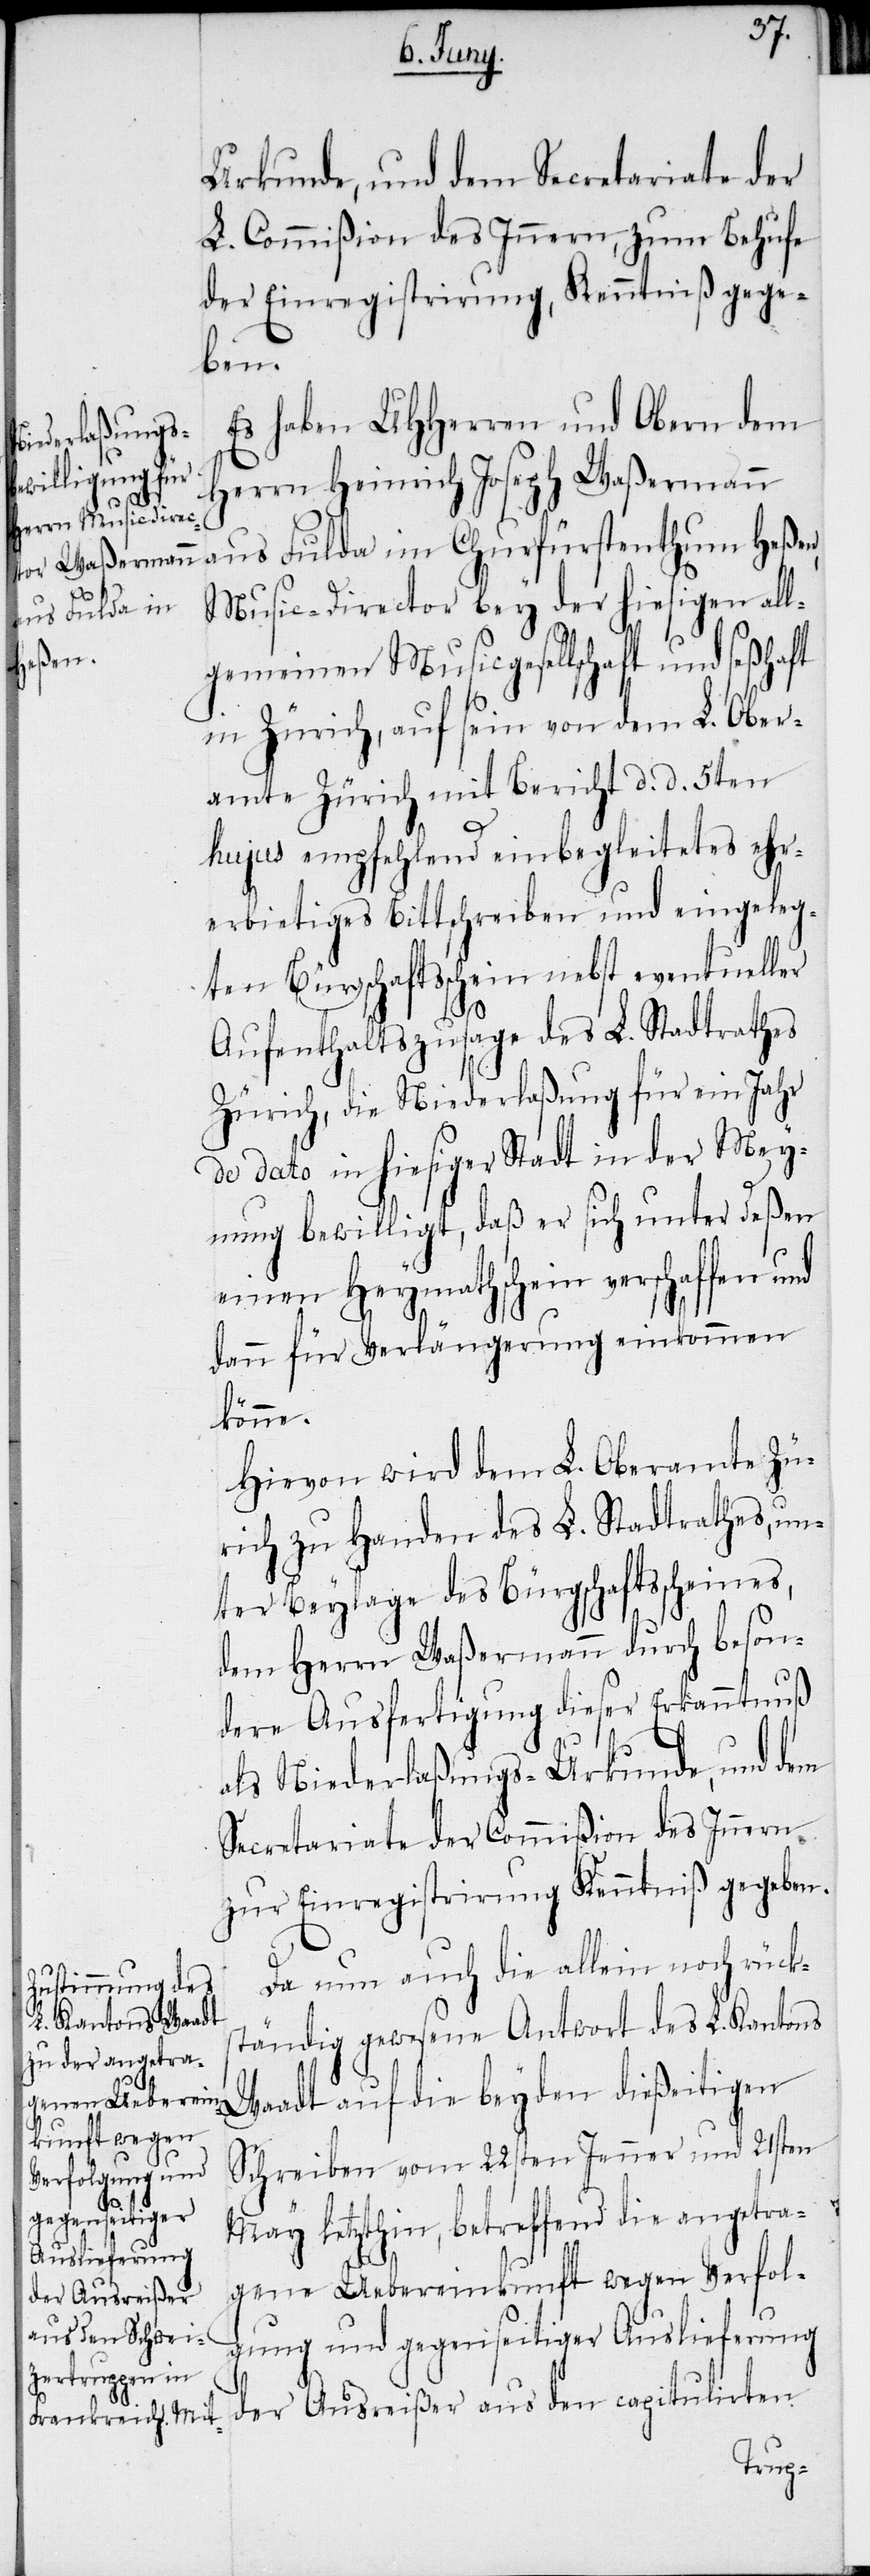
Urkunde, und dem Secretariate der
L. Commißion des Innern, zum Behufe
der Einregistrirung, Kenntniß gege¬
ben.
Es haben UHHerren und Obern dem
Herrn Heinrich Joseph Waßermann
aus Fulda im Churfürstenthum Heßen,
Music-Director bey der hiesigen all¬
gemeinen Musicgesellschaft und seßhaft
in Zürich, auf sein von dem L. Ober¬
amte Zürich mit Bericht d. d. 5ten
hujus empfehlend einbegleitetes ehr¬
erbietiges Bittschreiben und eingeleg¬
ten Bürgschaftsschein nebst eventueller
Aufenthaltszusage des L. Stadtrathes
Zürich, die Niederlaßung für ein Jahr
de dato in hiesiger Stadt in der Mey¬
nung bewilligt, daß er sich unter deßen
einen Heymathschein verschaffen und
dann für Verlängerung einkommen
könne.
Hievon wird dem L. Oberamte Zü¬
rich zu Handen des L. Stadtrathes, un¬
ter Beylage des Bürgschaftsscheines,
dem Herrn Waßermann durch beson¬
dere Ausfertigung dieser Erkanntnuß
als Niederlaßungs-Urkunde, und dem
Secretariate der Commißion des Innern
zur Einregistrirung Kenntniß gegeben.
Da nun auch die allein noch rücks¬
tändig gewesene Antwort des L. Kantons
Waadt auf die beyden dießeitigen
Schreiben vom 22sten Jenner und 21sten
May letzthin, betreffend die angetra¬
gene Uebereinkunft wegen Verfol¬
gung und gegenseitiger Auslieferung
der Ausreißer aus den capitulirten